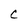
Character: C